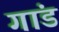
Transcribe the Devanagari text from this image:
गांड